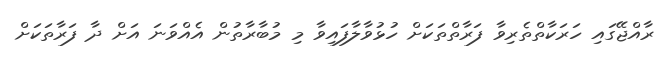
ރާއްޖޭގައި ހަރަކާތްތެރިވާ ފަރާތްތަކަށް ހުޅުވާލާފައިވާ މި މުބާރާތުން އެއްވަނަ އަށް ދާ ފަރާތަކަށް